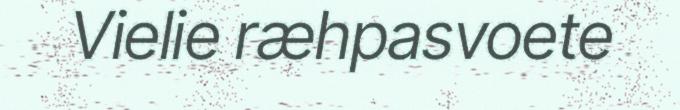
Vielie ræhpasvoete